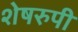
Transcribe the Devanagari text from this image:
शेषरुपी